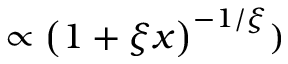
\propto \left( 1 + \xi x \right) ^ { - 1 / \xi } )